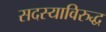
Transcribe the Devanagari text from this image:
सदस्याविरुद्ध